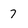
Character: 7